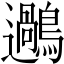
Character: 𪆹